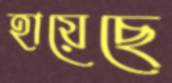
হায়েছে